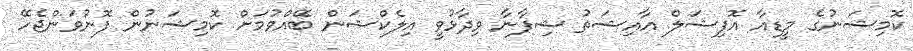
ކޮމިޝަނުގެ މީޑިއާ އޮފިޝަލް އާއިޝަތު ޝިފާނާ ވިދާޅުވީ އިލެކްޝަން ބޭއްވުމަށް ކޮމިޝަނުން ފޮނުވަންޖެހޭ